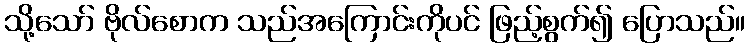
သို့သော် ဗိုလ်စောက သည်အကြောင်းကိုပင် ဖြည့်စွက်၍ ပြောသည်။